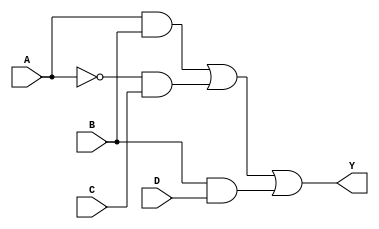
module sop_simplification (
    input wire A,    // Input variable A
    input wire B,    // Input variable B
    input wire C,    // Input variable C
    input wire D,    // Input variable D
    output wire Y    // Output Y representing the simplified SOP expression
);

// Internal signals for product terms
wire AB;       // A AND B
wire A_not_C;  // NOT A AND C
wire BD;       // B AND D

// Logic gates to implement the SOP expression
assign AB = A & B;          // A AND B
assign A_not_C = ~A & C;    // NOT A AND C
assign BD = B & D;          // B AND D

// Final output Y is the OR of the product terms
assign Y = AB | A_not_C | BD; // Y = (A AND B) OR (NOT A AND C) OR (B AND D)

endmodule